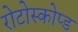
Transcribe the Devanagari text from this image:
रोटोस्कोप्ड